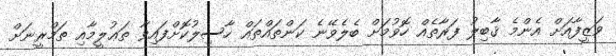
ވަޒީފާއަށް އެންމެ ޤާބިލު ފަރާތެއް ހޮވުމަށް ބެލެވޭނެ ކަންތައްތައް ހާސިލުކޮށްފައިވާ ތަޢުލީމާއި ތަމްރީނަށް